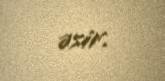
əsir.